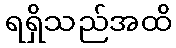
ရရှိသည်အထိ